Mental hospitals Bombay report 1929-33 - 1929-1933
Year: 1929
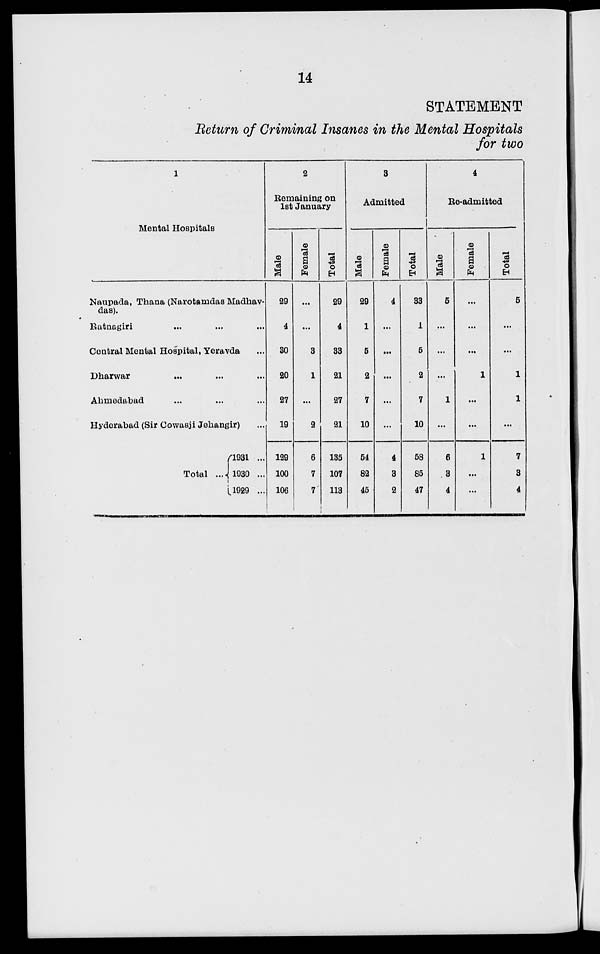
14
STATEMENT
Return of Criminal Insanes in the Mental Hospitals
for two
1
Mental Hospitals
Naupada, Thana (Narotamdas Madhav-
das).
Ratnagiri ... ... ...
Central Mental Hospital, Yeravda ...
Dharwar ... ... ...
Ahmedabad ... ... ...
Hyderabad (Sir Cowasji Jekangir) ...
Total ...
1931 ...
1930 ...
1929 ...
2
Remaining on
1st January
Male
29
4
30
20
27
19
129
100
106
Female
...
...
3
1
...
2
6
7
7
Total
29
4
33
21
27
21
135
107
113
3
Admitted
Male
29
1
5
2
7
10
54
82
45
Female
4
...
...
...
...
...
4
3
2
Total
33
1
5
2
7
10
58
85
47
4
Re-admitted
Male
5
...
...
...
1
...
6
3
4
Female
...
...
...
1
...
...
1
...
...
Total
5
...
...
1
1
...
7
3
4